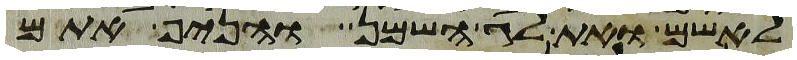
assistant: לאשם ואת לג השמן והניף אתם